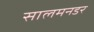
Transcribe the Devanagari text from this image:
सालमनडर